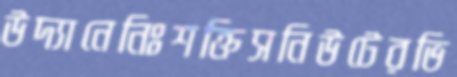
উদ্যানেনিঃশক্তিসনিউটেরভি